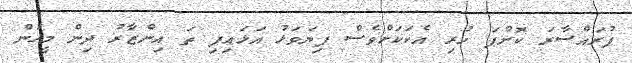
ފުރައްސާރަ ކޮށްފަ ހުރި އެކަކަށްވެސް ފިޔަވަޅު އަޅައިފި ތަ އިންޒާރު ދިން މީހުން